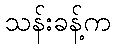
သန်းခန့်က